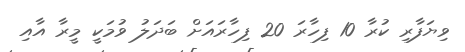
ވިޔަފާރި ކުރާ 10 ފިހާރަ 20 ފިހާރައަށް ބަދަލު ވުމަކީ މީރާ އާއި